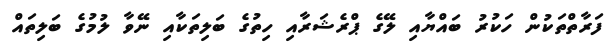
ފަރާތްތަކުން ހަކުރު ބައްޔާއި ލޭގެ ޕްރެޝަރާއި ހިތުގެ ބަލިތަކާއި ނޭވާ ލުމުގެ ބަލިތައް